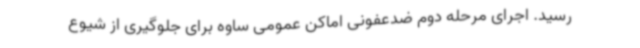
رسید. اجرای مرحله دوم ضدعفونی اماکن عمومی ساوه برای جلوگیری از شیوع